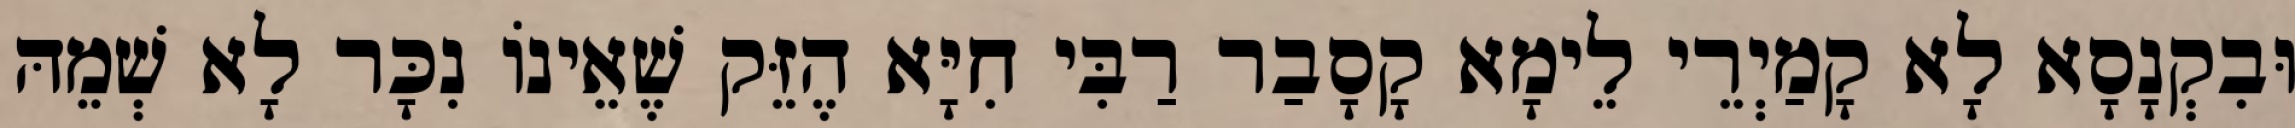
וּבִקְנָסָא לָא קָמַיְרֵי לֵימָא קָסָבַר רַבִּי חִיָּא הֶזֵּק שֶׁאֵינוֹ נִכָּר לָא שְׁמֵהּ